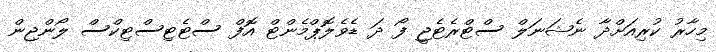
މިހާރު ކުރިއަށްދާ ނެޝަނަލް ސްޓްރެޓެޖީ ފޯ ދަ ޑެވެލޮޕްމެންޓް އޮފް ސްޓެޓިސްޓިކްސް ލޯންޖިން